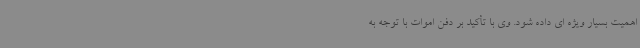
اهمیت بسیار ویژه ای داده شود. وی با تأکید بر دفن اموات با توجه به